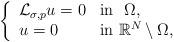
LaTeX: \begin{align*} \left\{\begin{array}{ll}\mathcal{L}_{\sigma,p}u = 0 & {\rm in} \ \ \Omega,\\u= 0 & {\rm in} \ \mathbb{R}^N\setminus\Omega,\\\end{array}\right.\end{align*}